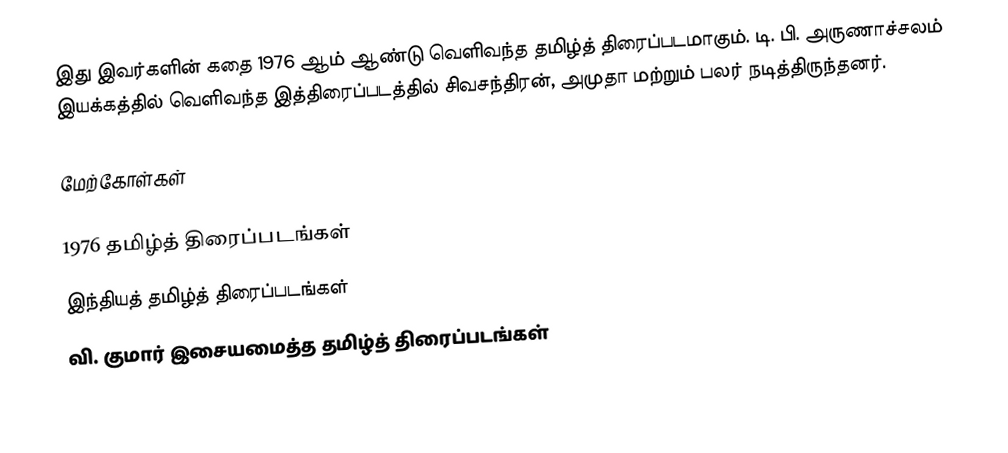
இது இவர்களின் கதை 1976 ஆம் ஆண்டு வெளிவந்த தமிழ்த் திரைப்படமாகும். டி. பி. அருணாச்சலம் இயக்கத்தில் வெளிவந்த இத்திரைப்படத்தில் சிவசந்திரன், அமுதா மற்றும் பலர் நடித்திருந்தனர்.

மேற்கோள்கள்

1976 தமிழ்த் திரைப்படங்கள்
இந்தியத் தமிழ்த் திரைப்படங்கள்
வி. குமார் இசையமைத்த தமிழ்த் திரைப்படங்கள்